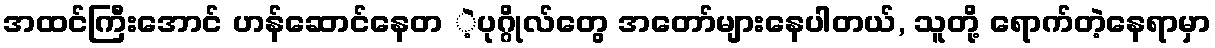
အထင်ကြီးအောင် ဟန်ဆောင်နေတ ဲ့ပုဂ္ဂိုလ်တွေ အတော်များနေပါတယ်, သူတို့ ရောက်တဲ့နေရာမှာ